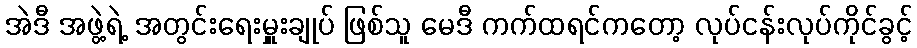
အဲဒီ အဖွဲ့ရဲ့ အတွင်းရေးမှူးချုပ် ဖြစ်သူ မေဒီ ကက်ထရင်ကတော့ လုပ်ငန်းလုပ်ကိုင်ခွင့်